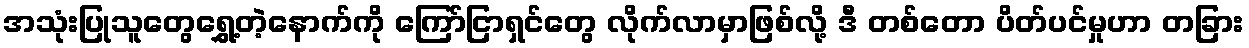
အသုံးပြုသူတွေရွှေ့တဲ့နောက်ကို ကြော်ငြာရှင်တွေ လိုက်လာမှာဖြစ်လို့ ဒီ တစ်တော ပိတ်ပင်မှုဟာ တခြား